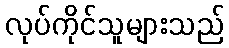
လုပ်ကိုင်သူများသည်